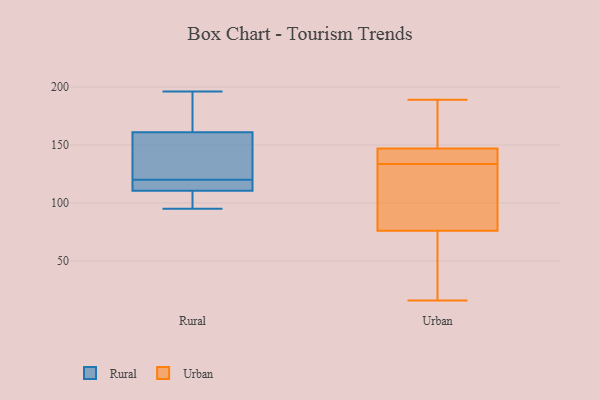
{"axis": {"x": "Demand Index", "y": "Value"}, "legend": ["Rural", "Urban"], "data": [{"x": "", "y": 114, "type": "Rural"}, {"x": "", "y": 120, "type": "Rural"}, {"x": "", "y": 121, "type": "Rural"}, {"x": "", "y": 112, "type": "Rural"}, {"x": "", "y": 196, "type": "Rural"}, {"x": "", "y": 128, "type": "Rural"}, {"x": "", "y": 109, "type": "Rural"}, {"x": "", "y": 172, "type": "Rural"}, {"x": "", "y": 95, "type": "Rural"}, {"x": "", "y": 185, "type": "Rural"}, {"x": "", "y": 110, "type": "Rural"}, {"x": "", "y": 147, "type": "Urban"}, {"x": "", "y": 145, "type": "Urban"}, {"x": "", "y": 84, "type": "Urban"}, {"x": "", "y": 136, "type": "Urban"}, {"x": "", "y": 53, "type": "Urban"}, {"x": "", "y": 43, "type": "Urban"}, {"x": "", "y": 131, "type": "Urban"}, {"x": "", "y": 168, "type": "Urban"}, {"x": "", "y": 81, "type": "Urban"}, {"x": "", "y": 26, "type": "Urban"}, {"x": "", "y": 183, "type": "Urban"}, {"x": "", "y": 166, "type": "Urban"}, {"x": "", "y": 142, "type": "Urban"}, {"x": "", "y": 189, "type": "Urban"}, {"x": "", "y": 146, "type": "Urban"}, {"x": "", "y": 76, "type": "Urban"}, {"x": "", "y": 101, "type": "Urban"}, {"x": "", "y": 16, "type": "Urban"}]}